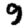
Digit: 9